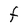
Character: F